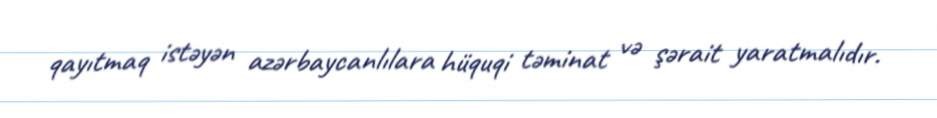
qayıtmaq istəyən azərbaycanlılara hüquqi təminat və şərait yaratmalıdır.